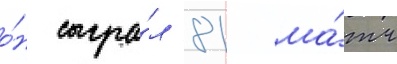
о́н сыгра́л 81 ма́тч